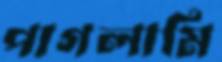
পাগলামি